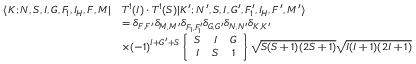
\begin{array} { r l } { \langle K ; N , S , I , G , F _ { 1 } , I _ { H } , F , M | } & { T ^ { 1 } ( I ) \cdot T ^ { 1 } ( S ) | K ^ { \prime } ; N ^ { \prime } , S , I , G ^ { \prime } , F _ { 1 } ^ { \prime } , I _ { H } , F ^ { \prime } , M ^ { \prime } \rangle } \\ & { = \delta _ { F , F ^ { \prime } } \delta _ { M , M ^ { \prime } } \delta _ { F _ { 1 } , F _ { 1 } ^ { \prime } } \delta _ { G , G ^ { \prime } } \delta _ { N , N ^ { \prime } } \delta _ { K , K ^ { \prime } } } \\ & { \times ( - 1 ) ^ { I + G ^ { \prime } + S } \left\{ \begin{array} { c c c } { S } & { I } & { G } \\ { I } & { S } & { 1 } \end{array} \right\} \sqrt { S ( S + 1 ) ( 2 S + 1 ) } \sqrt { I ( I + 1 ) ( 2 I + 1 ) } } \end{array}